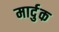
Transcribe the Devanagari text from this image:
मार्दुक